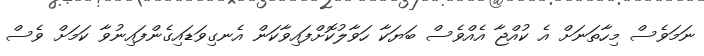
ނަމަވެސް މިހާތަނަށް އެ ކުއްޖާ އެއްވެސް ބަޔަކާ ހަވާލުކޮށްފައިވާކަން އެނގިވަޑައިގެންފައިނުވާ ކަމަށް ވެސް